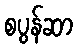
စပွန်ဆာ